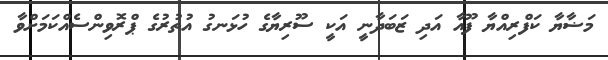
މަޟާޔާ ކަފްރިއްޔާ ފޫއާ އަދި ޒަބަދާނީ އަކީ ސޫރިޔާގެ ހުޅަނގު އުތުރުގެ ޕްރޮވިންސެއްކަމަށްވާ